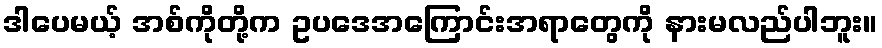
ဒါပေမယ့် အစ်ကိုတို့က ဥပဒေအကြောင်းအရာတွေကို နားမလည်ပါဘူး။